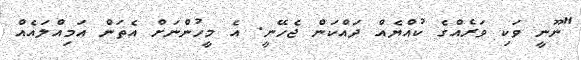
"ނޫނީ ވަކި ވަރެއްގެ ކުއްޔެއް ދައްކަން ޖެހޭނީ. އެ މީހުންނަށް އެތަން އަމިއްލައެއް